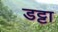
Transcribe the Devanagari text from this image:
डट्टा